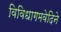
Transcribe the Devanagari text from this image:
विविधागमवेदिने